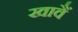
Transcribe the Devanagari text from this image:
खावैं